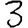
Digit: 3